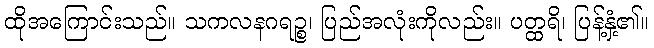
ထိုအကြောင်းသည်။ သကလနဂရဉ္စ၊ ပြည်အလုံးကိုလည်း။ ပတ္ထရိ၊ ပြန့်နှံ့၏။